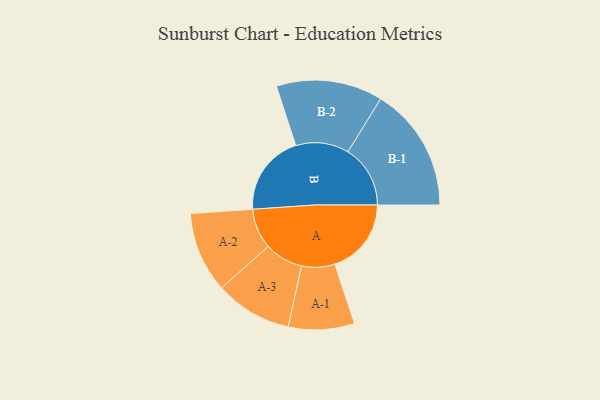
{"axis": {"x": "Segment", "y": "Value"}, "legend": ["", "A", "B"], "data": [{"x": "A", "y": 308, "type": ""}, {"x": "B", "y": 327, "type": ""}, {"x": "A-1", "y": 133, "type": "A"}, {"x": "A-2", "y": 162, "type": "A"}, {"x": "A-3", "y": 155, "type": "A"}, {"x": "B-1", "y": 251, "type": "B"}, {"x": "B-2", "y": 214, "type": "B"}]}